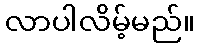
လာပါလိမ့်မည်။